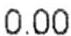
0.00